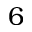
6